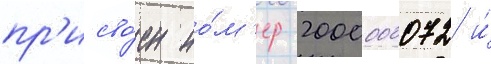
пр'исво́ен но́м'ер 2000000072 и́